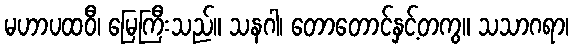
မဟာပထဝီ၊ မြေကြီးသည်။ သနဂါ၊ တောတောင်နှင့်တကွ။ သသာဂရာ၊